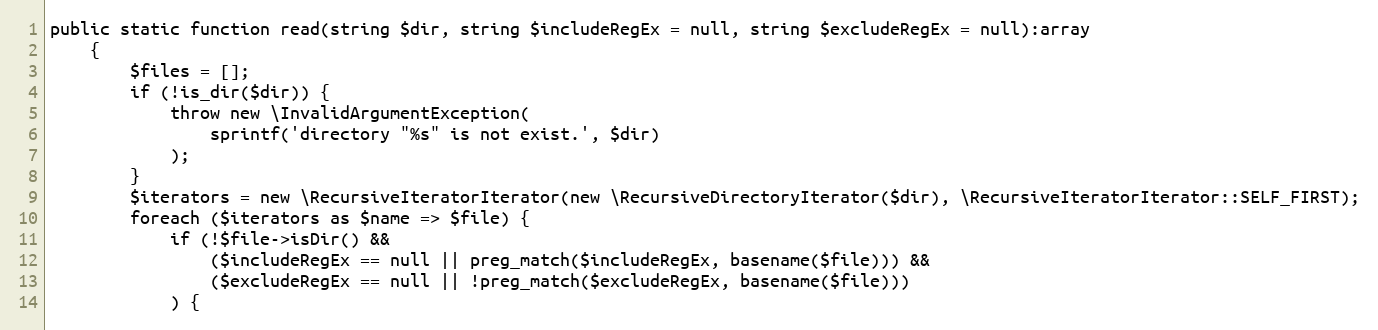
Language: PHP
public static function read(string $dir, string $includeRegEx = null, string $excludeRegEx = null):array
    {
        $files = [];
        if (!is_dir($dir)) {
            throw new \InvalidArgumentException(
                sprintf('directory "%s" is not exist.', $dir)
            );
        }
        $iterators = new \RecursiveIteratorIterator(new \RecursiveDirectoryIterator($dir), \RecursiveIteratorIterator::SELF_FIRST);
        foreach ($iterators as $name => $file) {
            if (!$file->isDir() &&
                ($includeRegEx == null || preg_match($includeRegEx, basename($file))) &&
                ($excludeRegEx == null || !preg_match($excludeRegEx, basename($file)))
            ) {